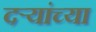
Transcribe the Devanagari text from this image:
दऱ्यांच्या